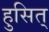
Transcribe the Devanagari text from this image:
हुसित्